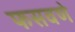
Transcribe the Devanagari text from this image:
फसवणे